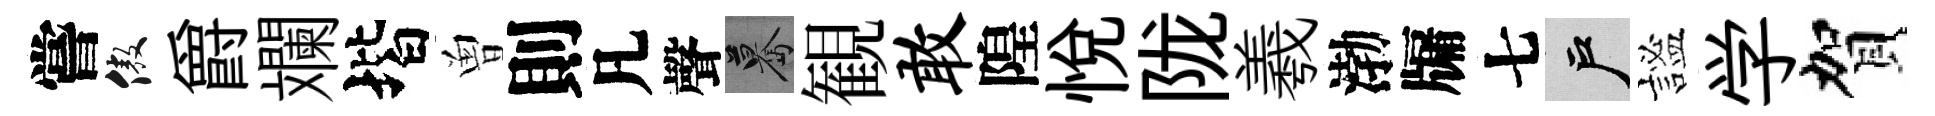
嘗傲爵斕堦曽則凡聲驀観敢隍悦陇羲渤牖七户謐学賀